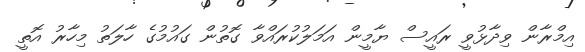
އިމްރާން ވިދާޅުވީ ރައީސް ޔާމީން އަމަލުކުރައްވާ ގޮތުން ގައުމުގެ ހާލަތު މިހާރު އޮތީ